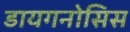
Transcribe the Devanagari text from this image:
डायगनोसिस